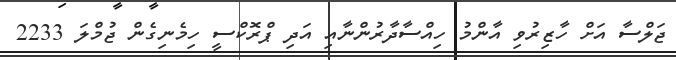
ޖަލްސާ އަށް ހާޒިރުވި އާންމު ހިއްސާދާރުންނާއި އަދި ޕްރޮކްސީ ހިމެނިގެން ޖުމްލަ 2233